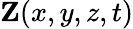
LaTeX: {\mathbf Z(x,y,z,t)}